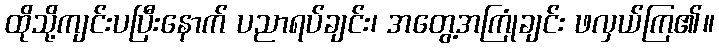
ထိုသို့ကျင်းပပြီးနောက် ပညာရပ်ချင်း၊ အတွေ့အကြုံချင်း ဖလှယ်ကြ၏။